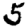
Digit: 5